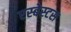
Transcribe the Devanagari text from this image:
एस्‍बेस्‍टस